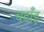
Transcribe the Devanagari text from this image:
चढाँइ